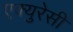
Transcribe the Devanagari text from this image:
एक्युरेसी